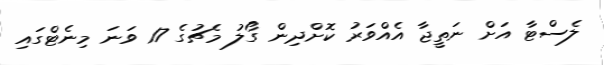
ލެސްޓާ އަށް ނަތީޖާ އެއްވަރު ކޮށްދިން ގޯލު މެޗުގެ 17 ވަނަ މިނެޓްގައި